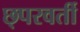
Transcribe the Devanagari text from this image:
छ्परवर्ती